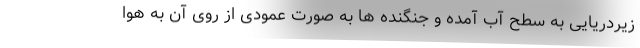
زیردریایی به سطح آب آمده و جنگنده ها به صورت عمودی از روی آن به هوا